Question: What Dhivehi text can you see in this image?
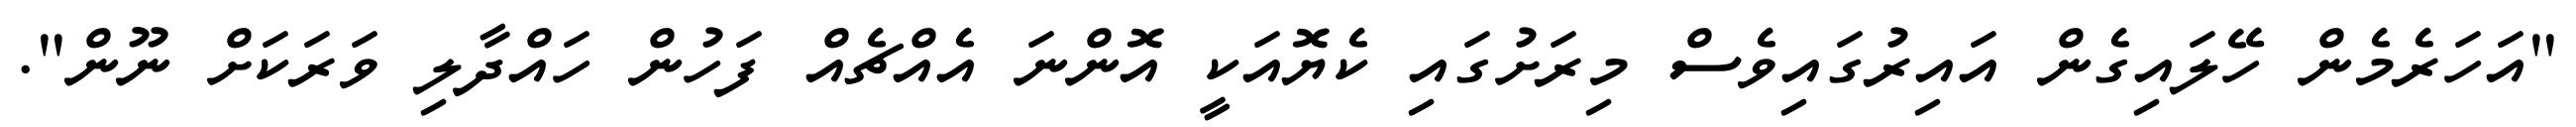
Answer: "އަހަރެމެން ހޭލައިގެން އައިރުގައިވެސް މިރަށުގައި ކެޔޮއަކީ އޮންނަ އެއްޗެއް ފަހުން ހައްދާލި ވަރަކަށް ނޫން".